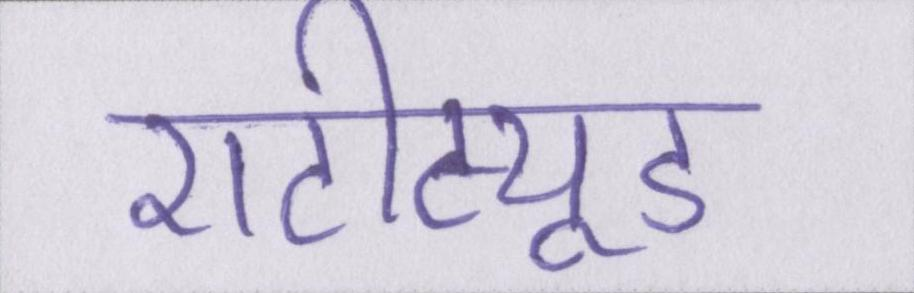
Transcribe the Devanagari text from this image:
एटीट्यूड